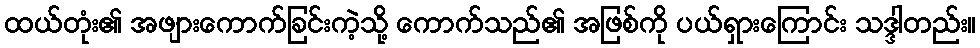
ထယ်တုံး၏ အဖျားကောက်ခြင်းကဲ့သို့ ကောက်သည်၏ အဖြစ်ကို ပယ်ရှားကြောင်း သဒ္ဒါတည်း။